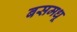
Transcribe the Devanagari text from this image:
बसमधू